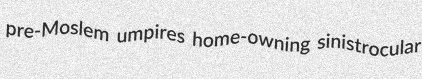
pre-Moslem umpires home-owning sinistrocular